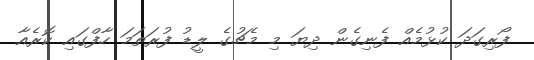
ފޯރިގަދަ ކުޅުމެއް ފެނިގެން ދިޔަ މި މެޗުގެ ލީޑު ފުރަތަމަ ހާފްގައި ކޮރެއާ